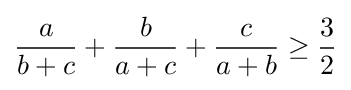
{\frac {a}{b+c}}+{\frac {b}{a+c}}+{\frac {c}{a+b}}\geq {\frac {3}{2}}